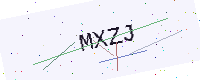
Text: MXZJ